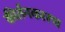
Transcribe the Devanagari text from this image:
कीर्तनकारच